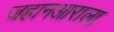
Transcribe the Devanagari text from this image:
जहानआराला